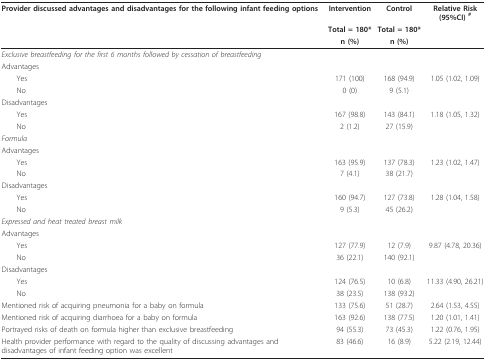
| Provider discussed advantages and disadvantages for the following infant feeding options | Intervention | Control | Relative Risk (95%CI) # |
 |  | Total = 180* | Total = 180* |  |
 |  | n (%) | n (%) |  |
 | --- | --- | --- | --- |
 | Exclusive breastfeeding for the first 6 months followed by cessation of breastfeeding |  |  |  |
 | Advantages |  |  |  |
 | Yes | 171 (100) | 168 (94.9) | 1.05 (1.02, 1.09) |
 | No | 0 (0) | 9 (5.1) |  |
 | Disadvantages |  |  |  |
 | Yes | 167 (98.8) | 143 (84.1) | 1.18 (1.05, 1.32) |
 | No | 2 (1.2) | 27 (15.9) |  |
 | Formula |  |  |  |
 | Advantages |  |  |  |
 | Yes | 163 (95.9) | 137 (78.3) | 1.23 (1.02, 1.47) |
 | No | 7 (4.1) | 38 (21.7) |  |
 | Disadvantages |  |  |  |
 | Yes | 160 (94.7) | 127 (73.8) | 1.28 (1.04, 1.58) |
 | No | 9 (5.3) | 45 (26.2) |  |
 | Expressed and heat treated breast milk |  |  |  |
 | Advantages |  |  |  |
 | Yes | 127 (77.9) | 12 (7.9) | 9.87 (4.78, 20.36) |
 | No | 36 (22.1) | 140 (92.1) |  |
 | Disadvantages |  |  |  |
 | Yes | 124 (76.5) | 10 (6.8) | 11.33 (4.90, 26.21) |
 | No | 38 (23.5) | 138 (93.2) |  |
 | Mentioned risk of acquiring pneumonia for a baby on formula | 133 (75.6) | 51 (28.7) | 2.64 (1.53, 4.55) |
 | Mentioned risk of acquiring diarrhoea for a baby on formula | 163 (92.6) | 138 (77.5) | 1.20 (1.01, 1.41) |
 | Portrayed risks of death on formula higher than exclusive breastfeeding | 94 (55.3) | 73 (45.3) | 1.22 (0.76, 1.95) |
 | Health provider performance with regard to the quality of discussing advantages and disadvantages of infant feeding option was excellent | 83 (46.6) | 16 (8.9) | 5.22 (2.19, 12.44) |